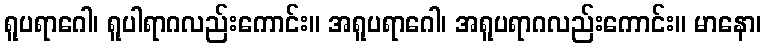
ရူပရာဂေါ၊ ရူပါရာဂလည်းကောင်း။ အရူပရာဂေါ၊ အရူပရာဂလည်းကောင်း။ မာနော၊